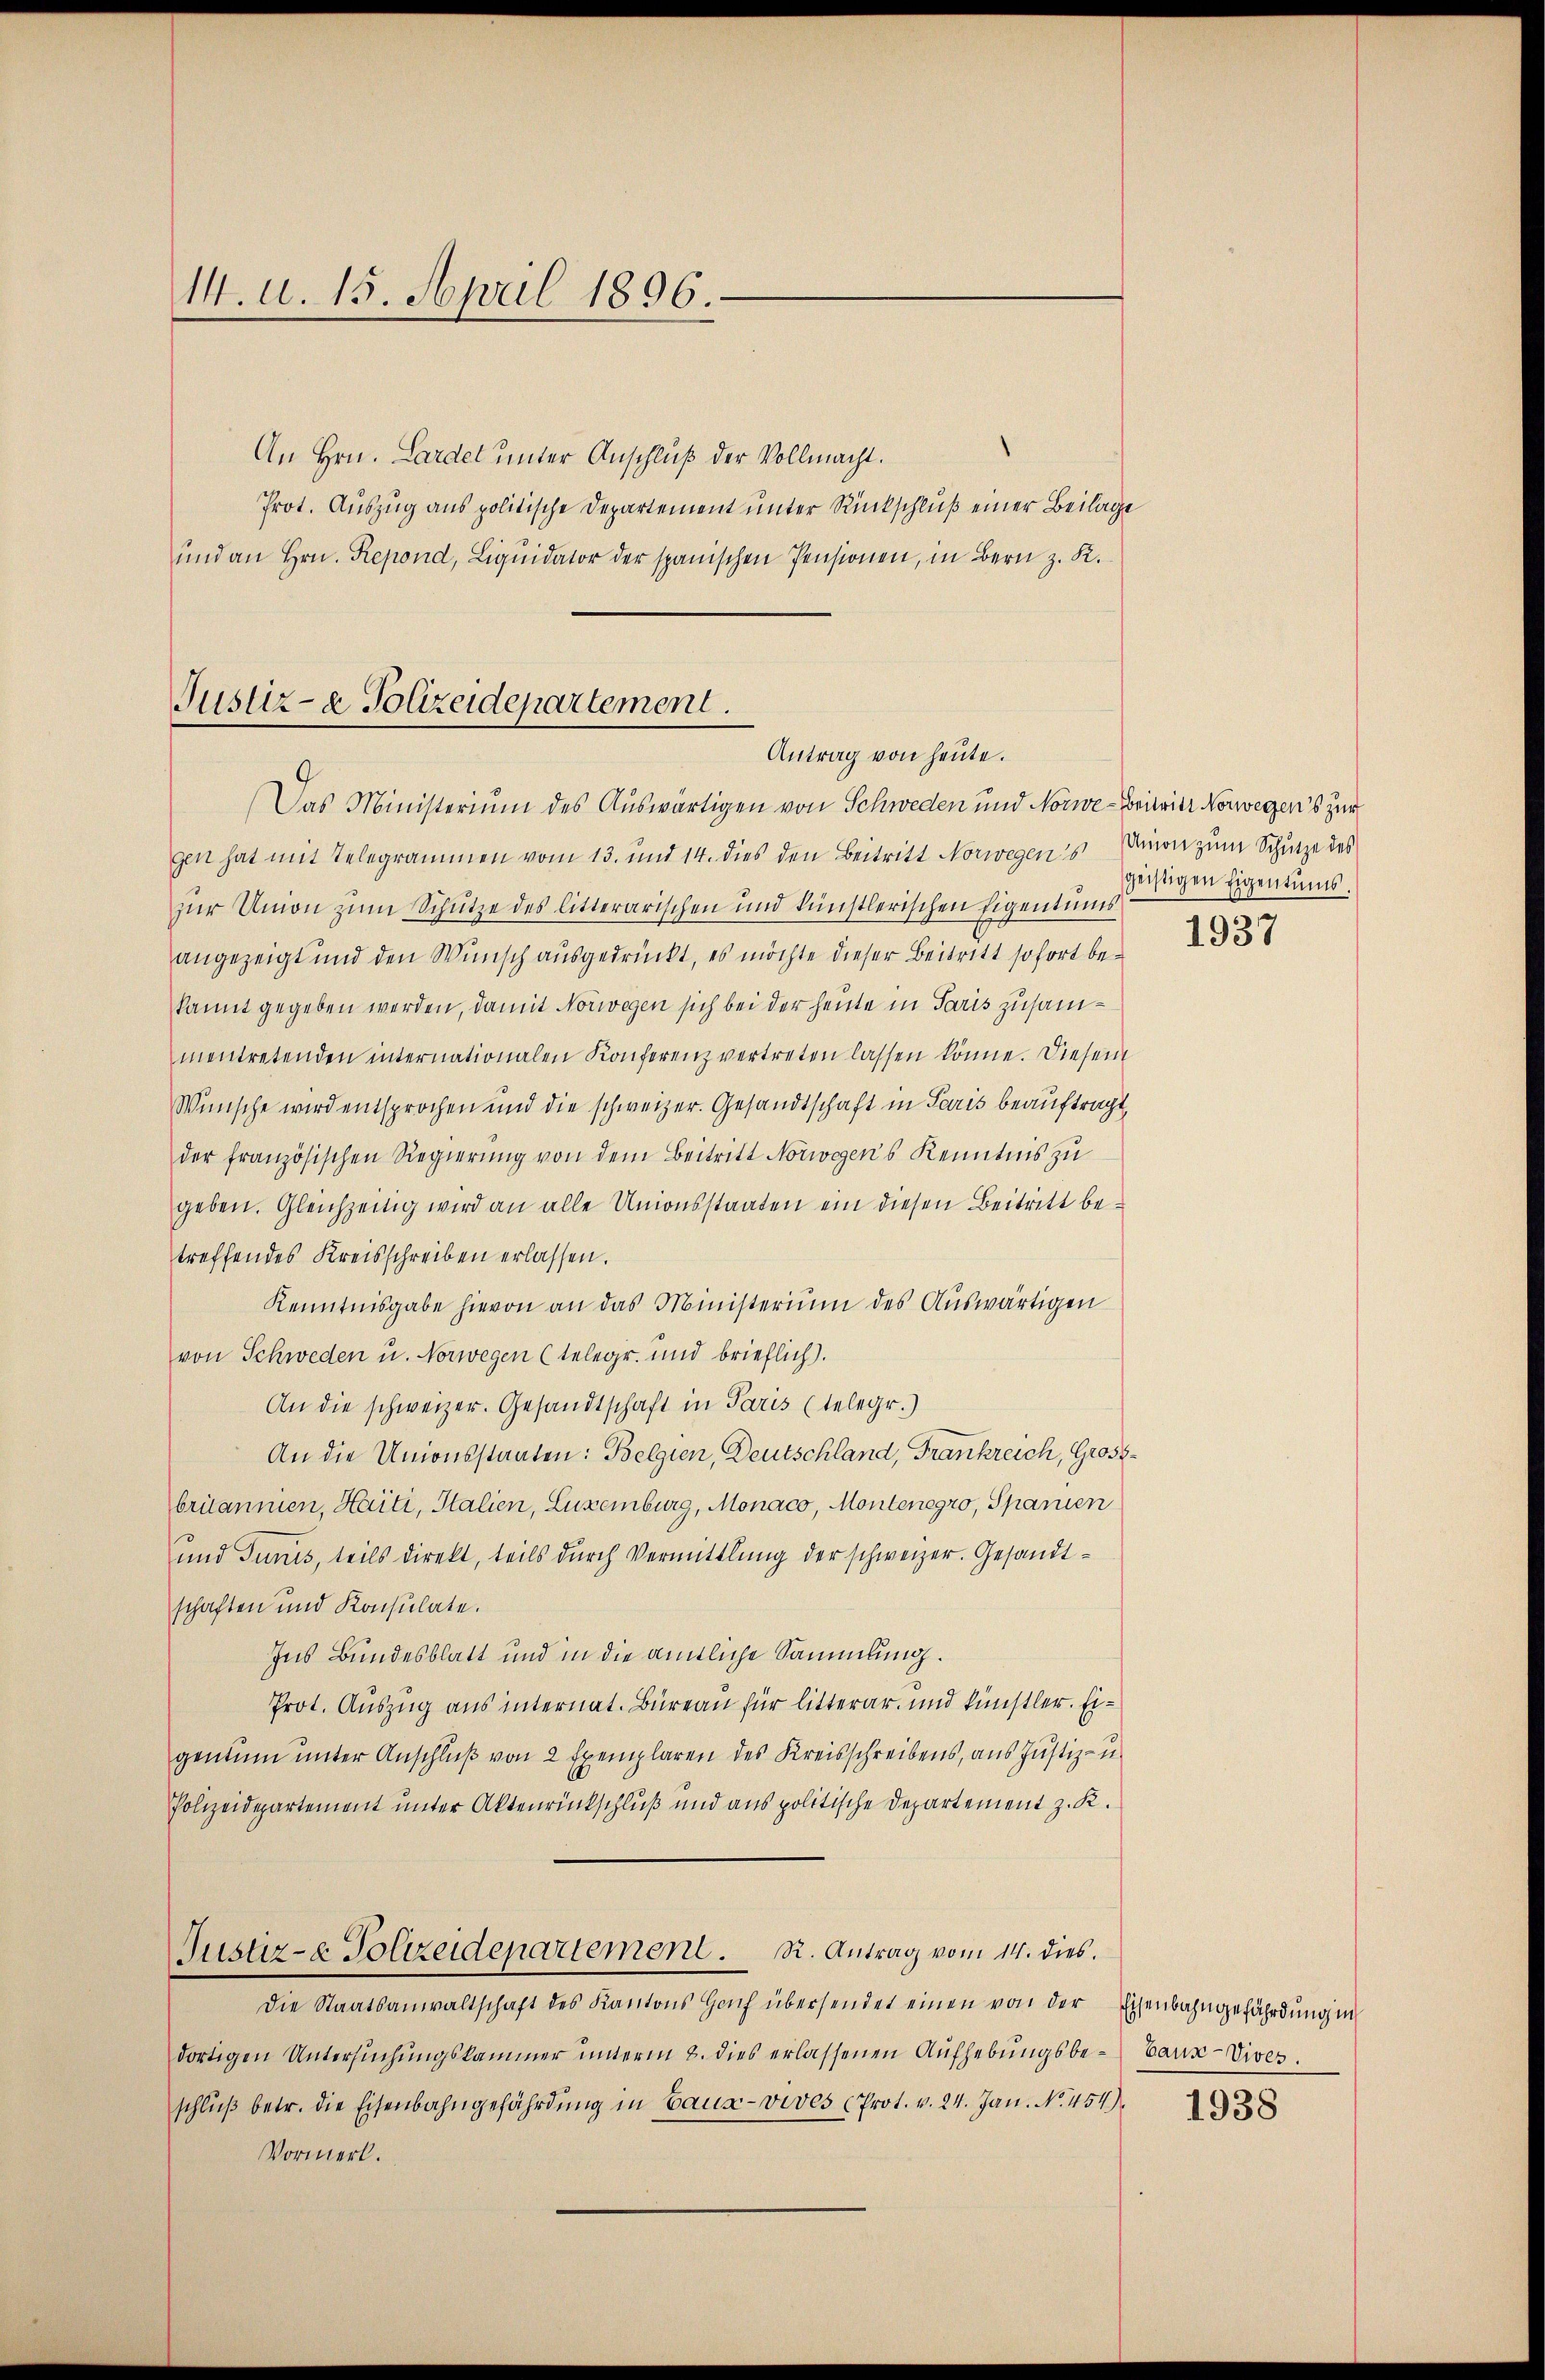
14. d. 15. April 1896.

An Hrn. Lardel unter Anschluß der Vollmacht.
Prot. Auszug aus politische Departement unter Rückschluß einer Beilage
ŭnd an Hrn. Repond, Liqŭidator der spanischen Pensionen, in Bern z. K.

Justiz- & Polizeidepartement.
Antrag von heute.

Das Ministerium des Auswärtigen von Schweden und Norwe-Britier Norwegens zur
gen hat mit Telegrammen vom 13. und 14. dies den Beitritt Norwegens seinen zum Schutze des
zur Union zum Schütze des litterarischen und künstlerischen Eigentums
angezeigt und den Wunsch ausgedrückt, es möchte dieser Beitritt sofort bekannt gegeben werden, damit Norwegen sich bei der heute in Paris zusammentretenden internationalen Konferenz vertreten lassen könne. Diesem
Wünsche wird entsprochen und die schweizer. Gesandtschaft in Paris beauftragt,
der französischen Regierŭng von dem Beitritt Norwegens Kenntnis zu
geben. Gleichzeitig wird an alle Unionsstaaten ein diesen Beitritt betreffendes Kreisschreiben erlassen.
Kenntnisgabe hievon an das Ministerium des Auswärtigen
von Schweden u. Norwegen (telegr. und brieflich).
An die schweizer. Gesandtschaft in Paris (telegr.)
An die Unionsstaaten: Belgien, Deutschland, Frankreich, Gross-
britannien, Haiti, Italien, Luxenburg, Monaco, Montenegro, Spanien
und Junis, teils direkt, teils durch Vermittlung der schweizer. Gesandtschaften und Konsulate.
Ins Bundesblatt und in die amtliche Sammlung.
Prot. Auszug aus internat. Bureau für litterar- und künstler. Eigentum unter Anschluß von 2 Exemplaren des Kreisschreibens, aus Justiz- u.
Polizeidepartement unter Aktenrückschluß und aus politische Departement z. R.
Justiz- & Polizeidepartement. R. Antrag vom 14. dies.
Die Staatsanwaltschaft des Kantons Hof übersendet einen von der Eisenbahngefährdung in
dortigen Untersuchungskammer unterm 2. dies erlassenen Aufhebungsbe-Bauz-Vives.
schlŭβ betr. die Eisenbahngefährdung in Gaus - vives (Prot. v. 24. Jan. No. 454)
Vormerk.

geistigen Eigentums.

1937

1938